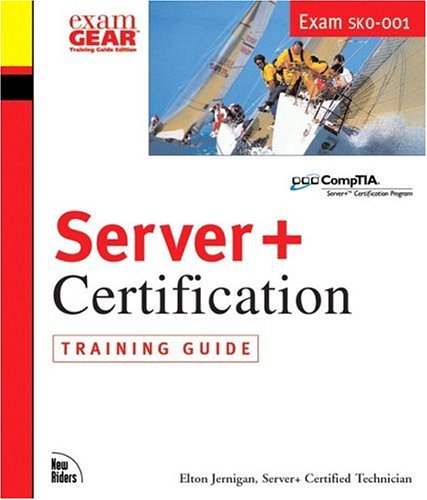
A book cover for Server+ Certification Training Guide; Elton Jernigan; Computers & Technology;